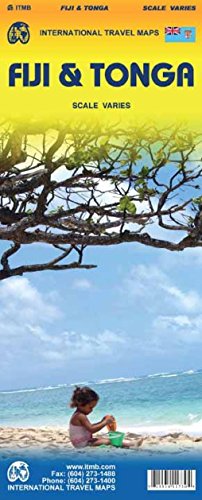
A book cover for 1. Fiji & Tonga Travel Reference Map Scale varies; ITMB Publishing LTD; Travel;